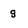
Character: g